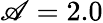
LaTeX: \mathscr{A}=2.0